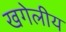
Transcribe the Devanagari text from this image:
खगेलीय